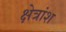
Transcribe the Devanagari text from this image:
क्षेत्रांश